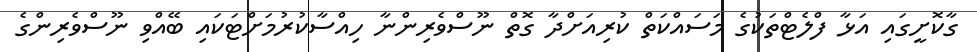
ގާކޮށީގައި އަޅާ ފްލެޓްތަކުގެ މަސައްކަތް ކުރިއަށްދާ ގޮތް ނޫސްވެރިންނާ ހިއްސާކުރުމަށްޓަކައި ބޭއްވި ނޫސްވެރިންގެ